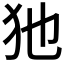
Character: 𤜣